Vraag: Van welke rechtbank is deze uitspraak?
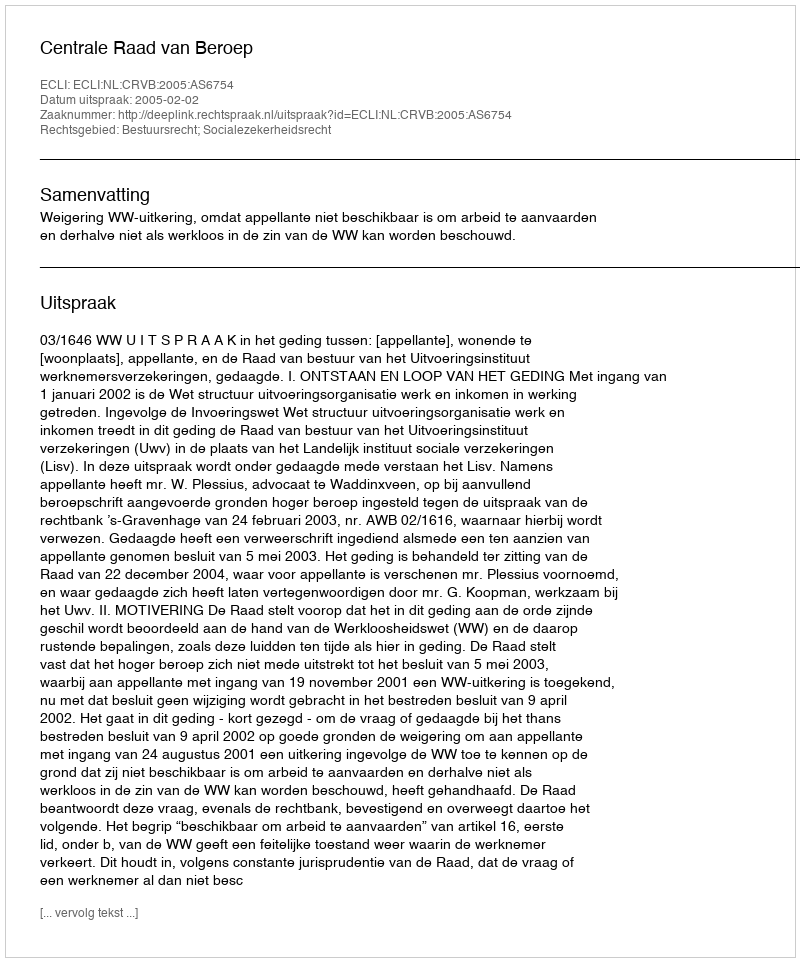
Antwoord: Centrale Raad van Beroep